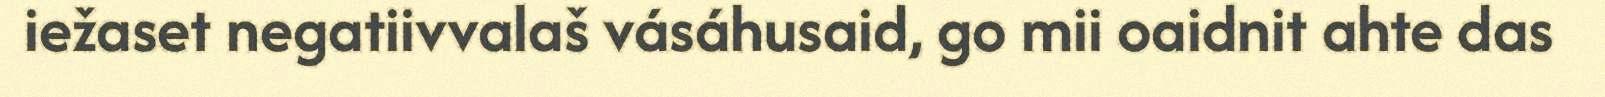
iežaset negatiivvalaš vásáhusaid, go mii oaidnit ahte das